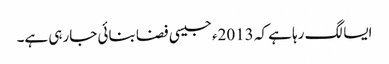
ایسا لگ رہا ہے کہ 2013ء جیسی فضا بنائی جارہی ہے۔